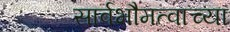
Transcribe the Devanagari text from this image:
सार्वभौमत्वाच्या